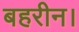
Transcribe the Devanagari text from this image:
बहरीन।